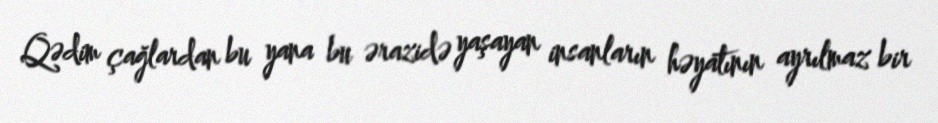
Qədim çağlardan bu yana bu ərazidə yaşayan insanların həyatının ayrılmaz bir